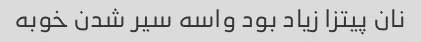
نان پیتزا زیاد بود واسه سیر شدن خوبه